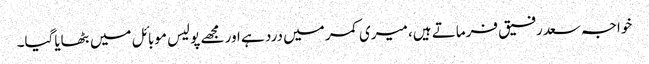
خواجہ سعدرفیق فرماتے ہیں، میری کمر میں درد ہے اور مجھے پولیس موبائل میں بٹھایاگیا۔